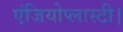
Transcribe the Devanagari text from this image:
एंजियोप्लास्टी।